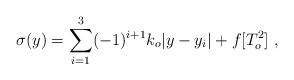
LaTeX: \begin{align*}\sigma (y) = \sum_{i=1}^3 (-1)^{i+1} k_o |y-y_i| + f[T_o^2]~,~\,\end{align*}